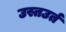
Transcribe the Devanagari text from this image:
उस्तउर्त